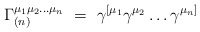
\begin{align*}\Gamma_{(n)}^{\mu_1 \mu_2 \ldots \mu_n} ~=~ \gamma^{[\mu_1} \gamma^{\mu_2}\ldots \gamma^{\mu_n]} \end{align*}